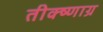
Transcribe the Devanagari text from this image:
तीक्ष्णाग्र